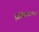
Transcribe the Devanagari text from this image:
बिंबिसाराच्या